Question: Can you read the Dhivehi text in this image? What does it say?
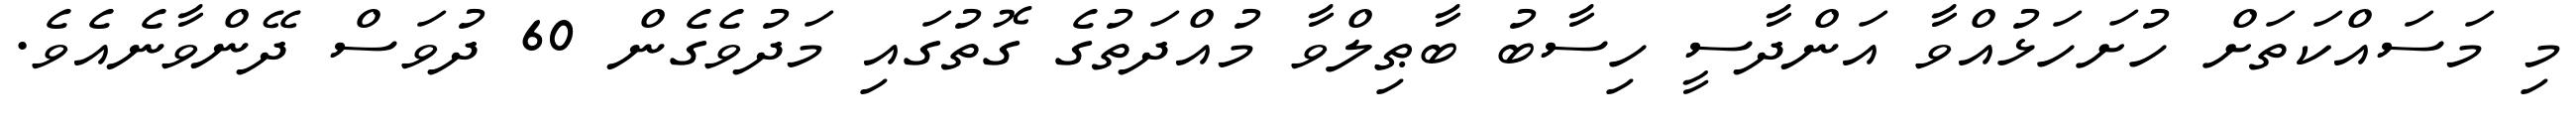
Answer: މި މަސައްކަތަށް ހުށަހަޅުއްވާ އަންދާސީ ހިސާބު ބާޠިލްވާ މުއްދަތުގެ ގޮތުގައި މަދުވެގެން 60 ދުވަސް ދޭންވާނެއެވެ.